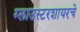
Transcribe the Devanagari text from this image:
ग्लाउस्टरशायरचे